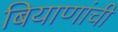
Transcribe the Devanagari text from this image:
बियाणांची